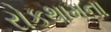
રોકથામના